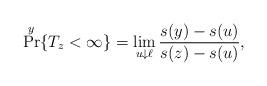
LaTeX: \begin{align*}\Pr^y\{T_z < \infty\}= \lim_{u \downarrow \ell} \frac{s(y) - s(u)}{s(z) - s(u)},\end{align*}